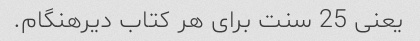
یعنی 25 سنت برای هر کتاب دیرهنگام.